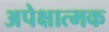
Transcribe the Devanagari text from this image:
अपेक्षात्मक